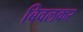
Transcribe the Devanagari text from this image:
बिवलकर